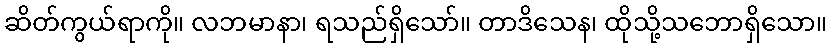
ဆိတ်ကွယ်ရာကို။ လဘမာနာ၊ ရသည်ရှိသော်။ တာဒိသေန၊ ထိုသို့သဘောရှိသော။